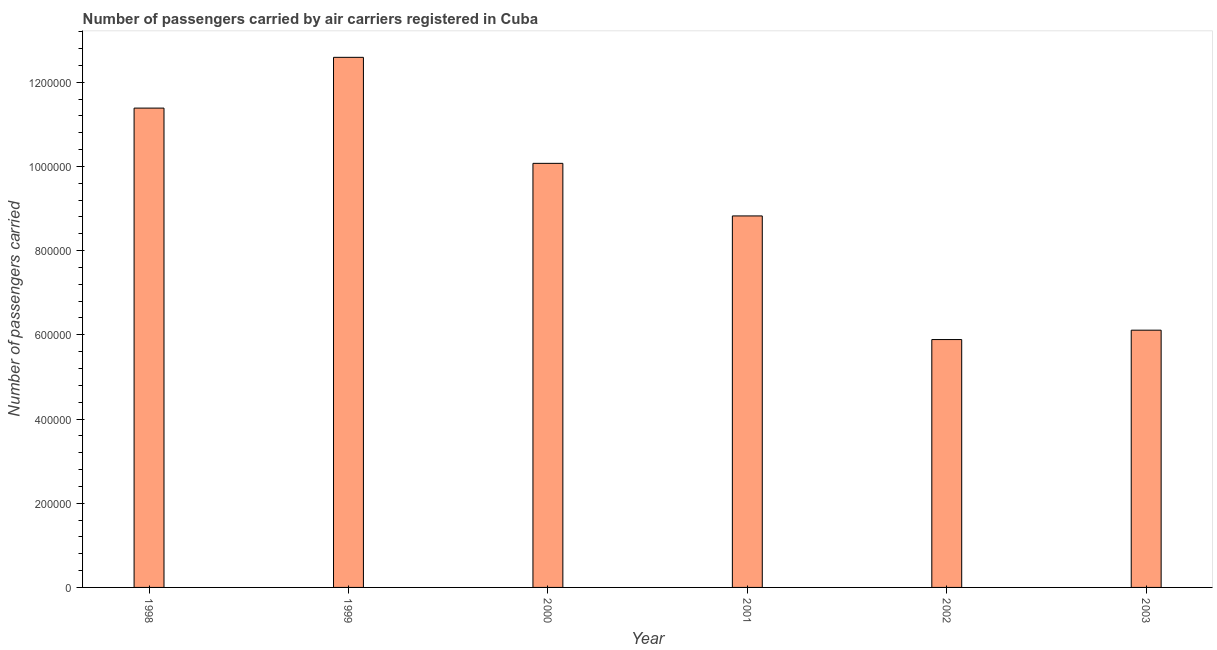
| Year | Air transport |
 | --- | --- |
 | 1998 | 1.14e+06 |
 | 1999 | 1.26e+06 |
 | 2000 | 1.01e+06 |
 | 2001 | 8.82e+05 |
 | 2002 | 5.89e+05 |
 | 2003 | 6.11e+05 |